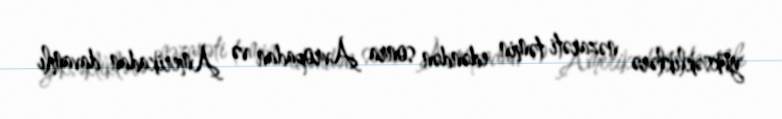
yüksəkliklərə nəzarəti təmin edəndən sonra Avropadan və Amerikadan davamlı